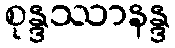
စုန္ဒဿာနန္ဒ